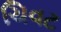
ચિવટ